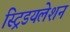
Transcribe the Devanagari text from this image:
स्ट्रिडयलेशन